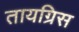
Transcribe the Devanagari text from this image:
तायग्रिस